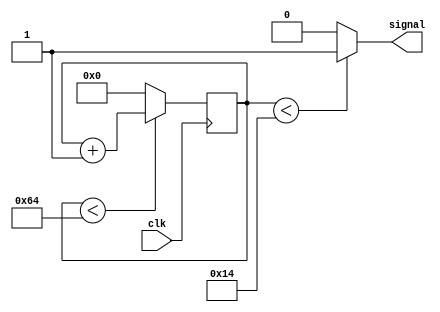

module PWM ( 
	input clk , 
	output signal ) ; 
	
reg [7:0] counter ; 


initial 
	begin 
		counter <= 0 ; 
	end 
	
always @ ( posedge clk ) 
	begin 
		
		if(counter < 100 ) 
			counter <= counter + 1'b1 ; 
		else 
			counter <= 1'b0 ; 
	
	end 
	
//Assuming we need a 40 percent duty cycle 

assign signal = ( counter < 20 ) ? 1'b1 : 1'b0 ; 

endmodule